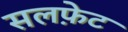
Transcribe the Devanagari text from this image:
सलफ़ेट